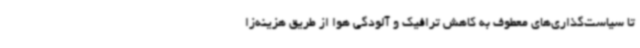
تا سیاست‌گذاری‌های معطوف به کاهش ترافیک و آلودگی هوا از طریق هزینه‌زا